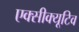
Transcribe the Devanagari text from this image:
एक्सीक्यूटिव